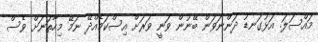
މައްސަލަ. އަޅުގަނޑު ދަންނަވަން ބޭނުން ވަނީ ވަރަށް އިސްކަމެއްދޭ ނަމޭ މިހާތަނަށް ވެސް